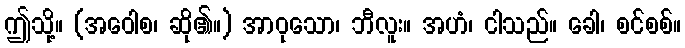
ဤသို့။ (အဝေါစ၊ ဆို၏။) အာဝုသော၊ ဘီလူး။ အဟံ၊ ငါသည်။ ခေါ၊ စင်စစ်။